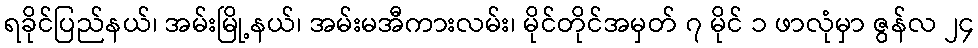
ရခိုင်ပြည်နယ်၊ အမ်းမြို့နယ်၊ အမ်းမအီကားလမ်း၊ မိုင်တိုင်အမှတ် ၇ မိုင် ၁ ဖာလုံမှာ ဇွန်လ ၂၄